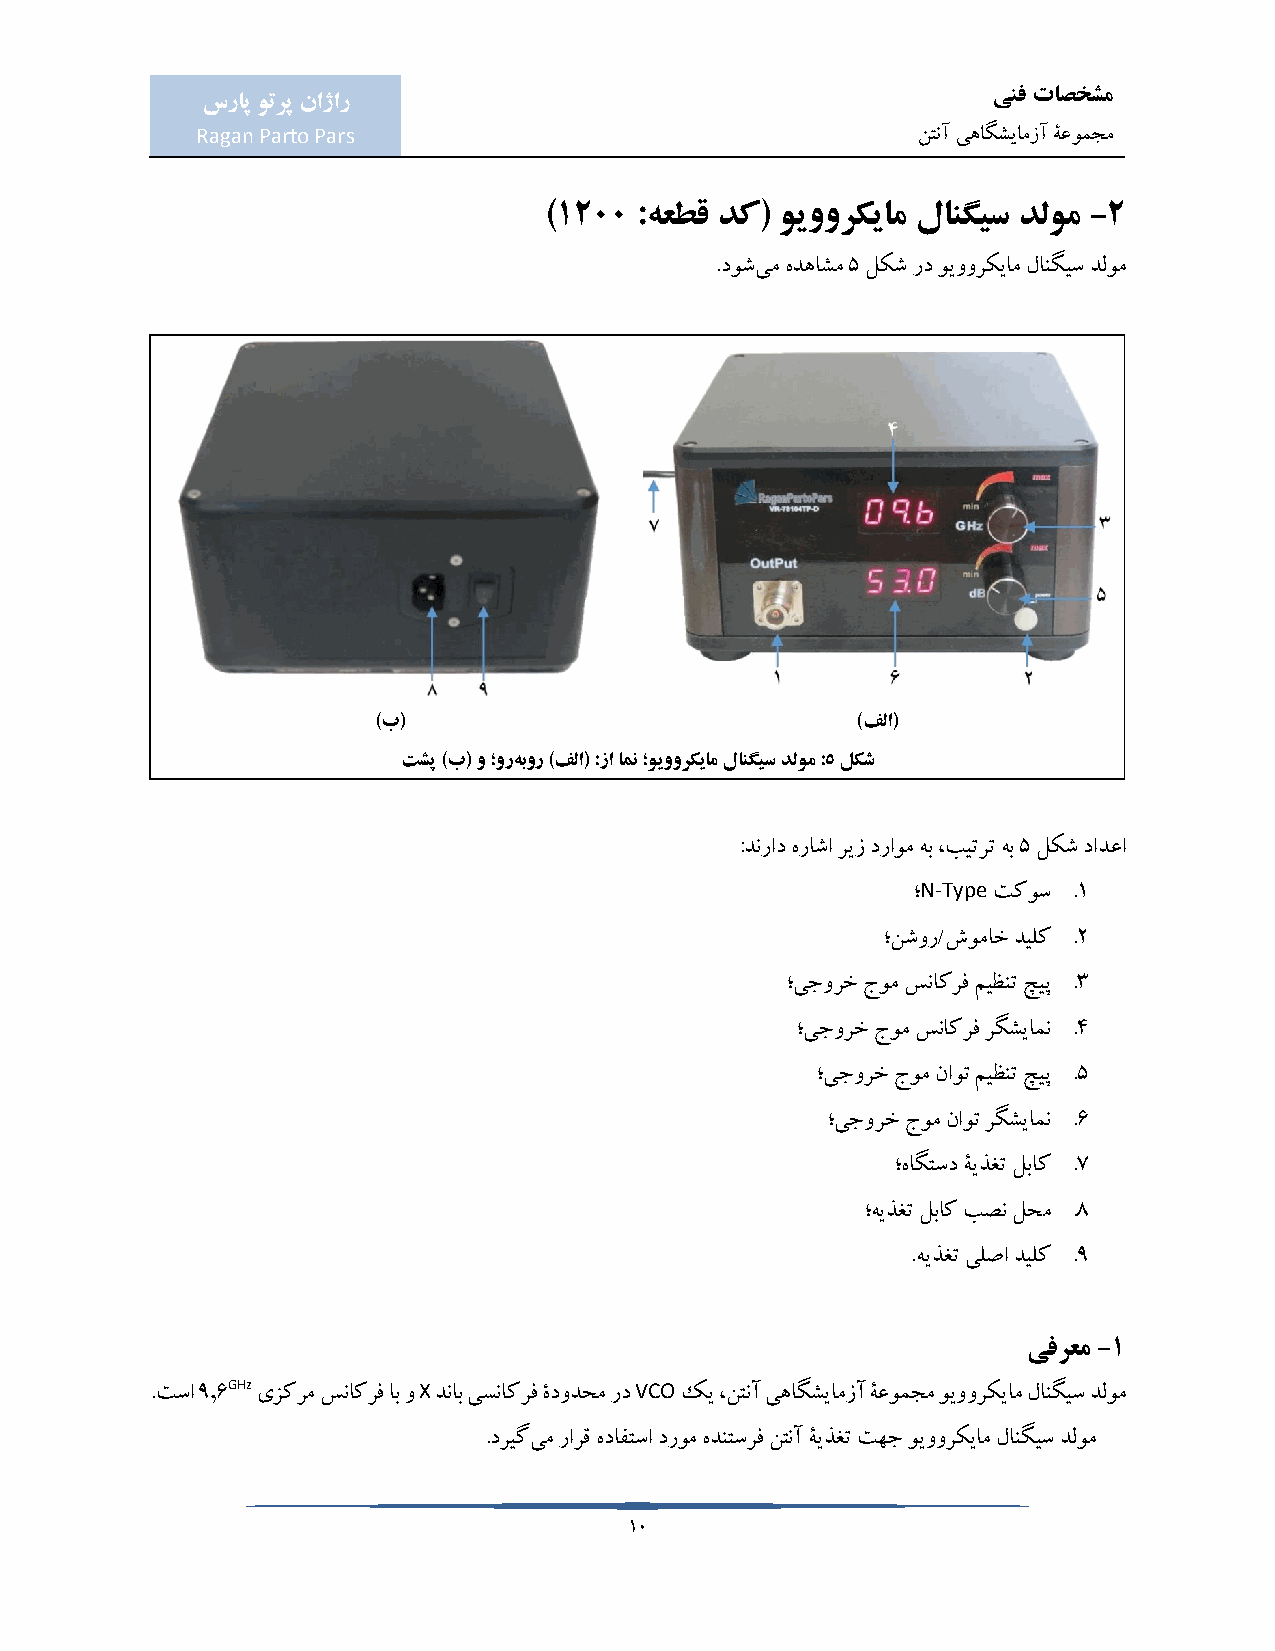
ینف تاصخشم
 سراپ وترپ ناژار
 Ragan Parto Pars                                نتنآ یهاگشیامزآ ۀعومجم
 )1200 :هعطق دک( ویوورکیام لانگیس دلوم -2
 .دوشیم هدهاشم 5 لکش رد ویوورکیام لانگیس دلوم
 )ب(                             )فلا(
 تشپ )ب( و ؛ورهبور )فلا( :زا امن ؛ویوورکیام لانگیس دلوم :5 لکش
 :دنراد هراشا ریز دراوم هب ،بیترت هب 5 لکش دادعا
 N-Type
 ؛     تکوس .1
 ؛نشور/شوماخ دیلک .2
 ؛یجورخ جوم سناکرف میظنت چیپ .3
 ؛یجورخ جوم سناکرف رگشیامن .4
 ؛یجورخ جوم ناوت میظنت چیپ .5
 ؛یجورخ جوم ناوت رگشیامن .6
 ؛هاگتسد ۀیذغت لباک .7
 ؛هیذغت لباک بصن لحم .8
 .هیذغت یلصا دیلک .9
 یفرعم -1
 GHz          X             VCO
 .تسا 9.6 یزکرم سناکرف اب و دناب یسناکرف ۀدودحم رد کی ،نتنآ یهاگشیامزآ ۀعومجم ویوورکیام لانگیس دلوم
 .دریگیم رارق هدافتسا دروم هدنتسرف نتنآ ۀیذغت تهج ویوورکیام لانگیس دلوم
 10